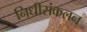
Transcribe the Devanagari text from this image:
निधीसंकलन